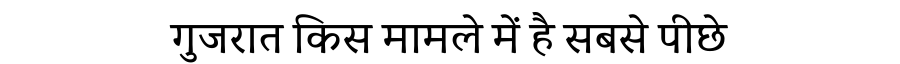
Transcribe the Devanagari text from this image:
गुजरात किस मामले में है सबसे पीछे